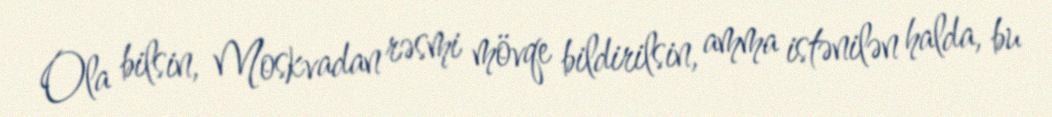
Ola bilsin, Moskvadan rəsmi mövqe bildirilsin, amma istənilən halda, bu